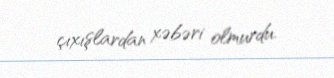
çıxışlardan xəbəri olmurdu.